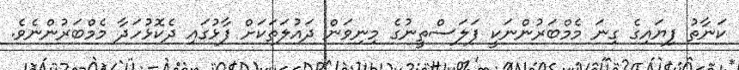
ކަނާތު ފިޔައިގެ ގިނަ މެމްބަރުންނަކީ ފަލަސްތީނުގެ މިނިވަން ދައުލަތަކަށް ފާޅުގައި ދެކޮޅުހަދާ މެމްބަރުންނެވެ.